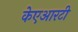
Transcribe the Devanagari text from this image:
केएआरटी